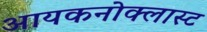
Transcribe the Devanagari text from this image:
आयकनोक्लास्ट